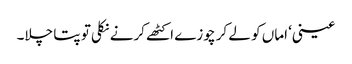
عینی‘ اماں کو لے کر چوزے اکٹھے کرنے نکلی تو پتا چلا۔